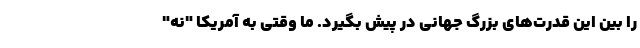
را بین این قدرت‌های بزرگ جهانی در پیش بگیرد. ما وقتی به آمریکا "نه"